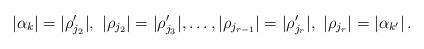
LaTeX: \begin{align*} |\alpha_k|=|\rho'_{j_2}|,\ |\rho_{j_2}|=|\rho'_{j_3}|,\dots, |\rho_{j_{r-1}}|=|\rho'_{j_r}|,\ |\rho_{j_r}|=|\alpha_{k'}|\,.\end{align*}